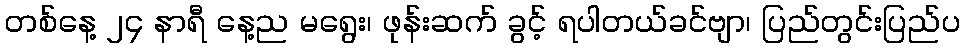
တစ်နေ့ ၂၄ နာရီ နေ့ည မရွေး၊ ဖုန်းဆက် ခွင့် ရပါတယ်ခင်ဗျာ၊ ပြည်တွင်းပြည်ပ